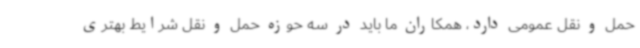
حمل و نقل عمومی دارد، همکاران ما باید در سه حوزه حمل و نقل شرایط بهتری